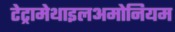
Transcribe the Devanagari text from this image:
टेट्रामेथाइलअमोनियम